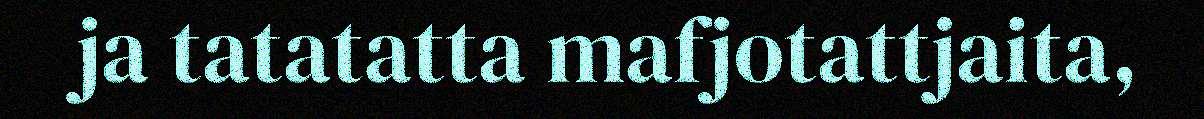
ja tatatatta mafjotattjaita,